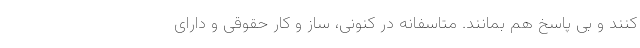
کنند و بی پاسخ هم بمانند. متاسفانه در کنونی، ساز و کار حقوقی و دارای